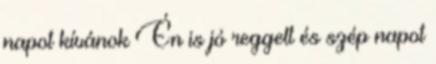
napot kívánok Én is jó reggelt és szép napot